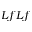
L f L f